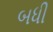
બધી